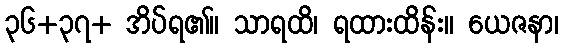
၃၆+၃၇+ အိပ်ရ၏။ သာရထိ၊ ရထားထိန်း။ ယေဇနာ၊